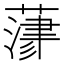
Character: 𦻄